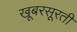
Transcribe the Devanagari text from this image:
खूबरसूरती